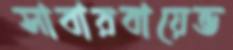
সাবারবায়েভ